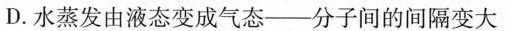
D.水蒸发由液态变成气态——分子间的间隔变大